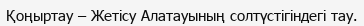
Қоңыртау – Жетісу Алатауының солтүстігіндегі тау.